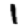
Digit: 1